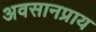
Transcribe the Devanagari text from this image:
अवसानप्राय